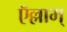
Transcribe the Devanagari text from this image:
ऍल्लाम्‌